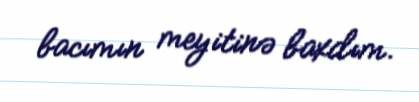
bacımın meyitinə baxdım.